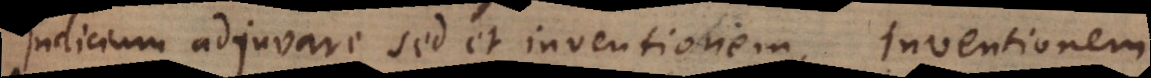
judicium adjuvare sed et inventionem. Inventionem